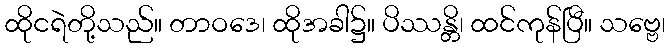
ထိုငရဲတို့သည်။ တာဝဒေ၊ ထိုအခါ၌။ ပိဿန္တိ၊ ထင်ကုန်ပြီ။ သဗ္ဗေ၊